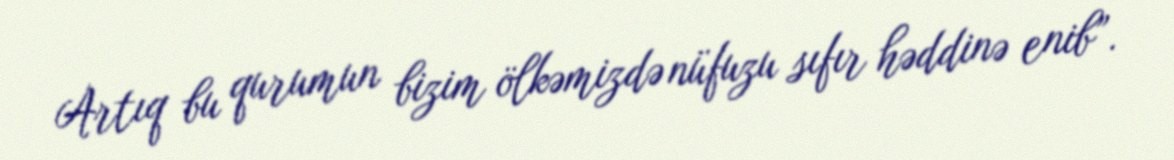
Artıq bu qurumun bizim ölkəmizdə nüfuzu sıfır həddinə enib”.